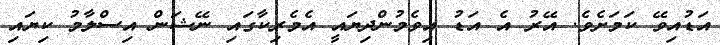
އަޑުއިވޭ ކަމަށެވެ. އޭރު އެ އަޑު އިވެމުންދިޔައީ އެމެރިކާގައި ނޭޝަން އިސްލާމު ކިޔައި